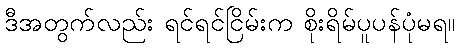
ဒီအတွက်လည်း ရင်ရင်ငြိမ်းက စိုးရိမ်ပူပန်ပုံမရ။